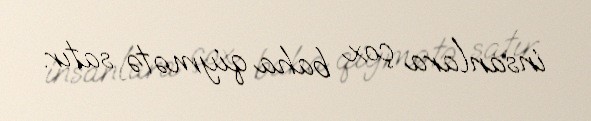
insanlara çox baha qiymətə satır.